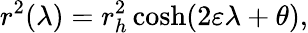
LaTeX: r^{2}(\lambda)=r_{h}^{2}\cosh(2\varepsilon\lambda+\theta),